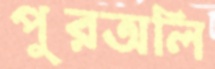
পুরঅলি